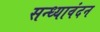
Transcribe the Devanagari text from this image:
सन्ध्यावंदन